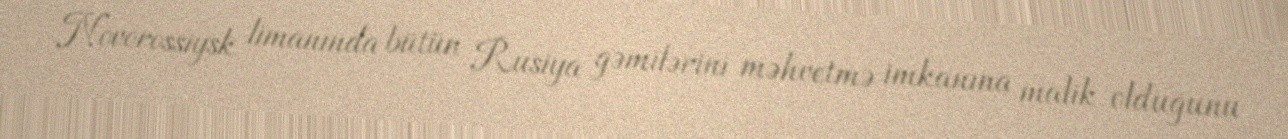
Novorossiysk limanında bütün Rusiya gəmilərini məhvetmə imkanına malik olduğunu